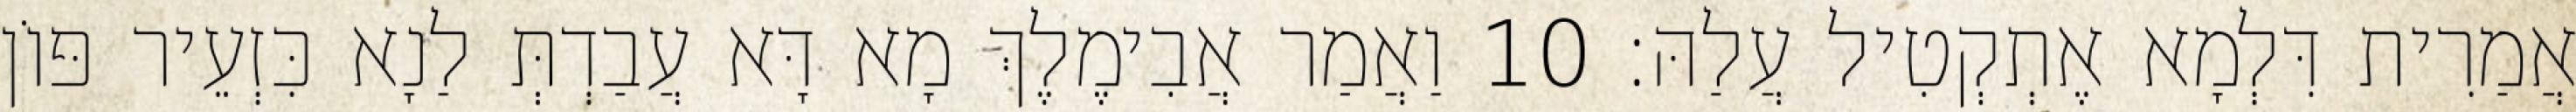
אֲמַרִית דִּלְמָא אֶתְקְטִיל עֲלַהּ׃ 10 וַאֲמַר אֲבִימֶלֶךְ מָא דָּא עֲבַדְתְּ לַנָא כִּזְעֵיר פּוֹן